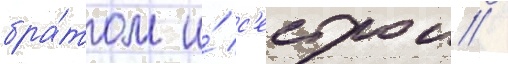
бра́том и́ с'естрои /